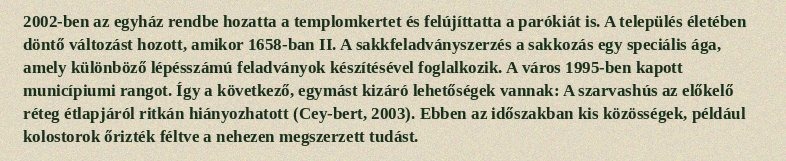
2002-ben az egyház rendbe hozatta a templomkertet és felújíttatta a parókiát is. A település életében döntő változást hozott, amikor 1658-ban II. A sakkfeladványszerzés a sakkozás egy speciális ága, amely különböző lépésszámú feladványok készítésével foglalkozik. A város 1995-ben kapott municípiumi rangot. Így a következő, egymást kizáró lehetőségek vannak: A szarvashús az előkelő réteg étlapjáról ritkán hiányozhatott (Cey-bert, 2003). Ebben az időszakban kis közösségek, például kolostorok őrizték féltve a nehezen megszerzett tudást.